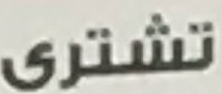
تشترى